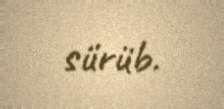
sürüb.